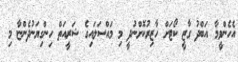
އެހެންވީމާ އަބްދު ގާޒީ ކޯޓަށް ހާޒިރުކޮށްނުދީ މި މައްސަލައިގެ ޝަރީއަތް ހިންގިޔަނުދެންޏާ މި